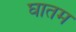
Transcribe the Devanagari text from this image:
घातम